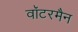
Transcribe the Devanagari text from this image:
वॉटरमैन